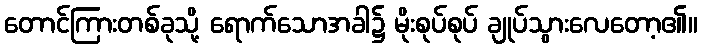
တောင်ကြားတစ်ခုသို့ ရောက်သောအခါ၌ မိုးစုပ်စုပ် ချုပ်သွားလေတော့၏။